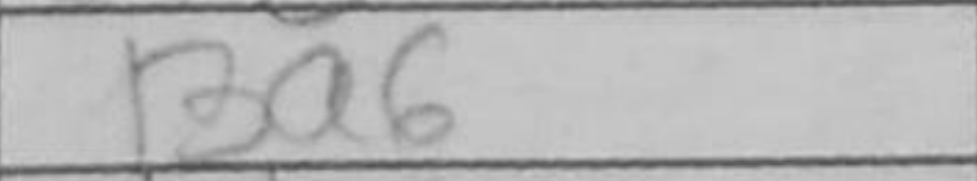
Transcription: Ba6